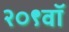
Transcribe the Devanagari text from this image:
२०९वॉ